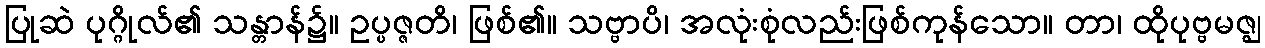
ပြုဆဲ ပုဂ္ဂိုလ်၏ သန္တာန်၌။ ဥပ္ပဇ္ဇတိ၊ ဖြစ်၏။ သဗ္ဗာပိ၊ အလုံးစုံလည်းဖြစ်ကုန်သော။ တာ၊ ထိုပုဗ္ဗမဇ္ဈ